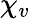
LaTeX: \chi_{v}